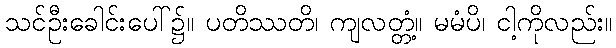
သင်ဦးခေါင်းပေါ်၌။ ပတိဿတိ၊ ကျလတ္တံ့။ မမံပိ၊ ငါ့ကိုလည်း။